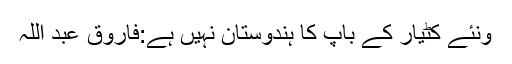
ونئے کٹیار کے باپ کا ہندوستان نہیں ہے:فاروق عبد اللہ